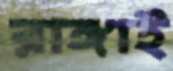
রাঙ্গাই